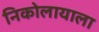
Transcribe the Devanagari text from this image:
निकोलायाला